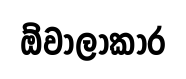
ඕවාලාකාර